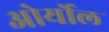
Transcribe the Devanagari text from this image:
ओर्योल